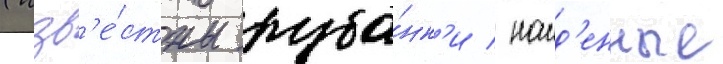
(изв'е́стны руба́нк'и / наид'енные